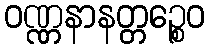
ဝဏ္ဏနာနတ္တဉ္စေဝ